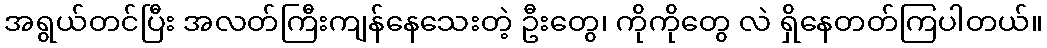
အရွယ်တင်ပြီး အလတ်ကြီးကျန်နေသေးတဲ့ ဦးတွေ၊ ကိုကိုတွေ လဲ ရှိနေတတ်ကြပါတယ်။